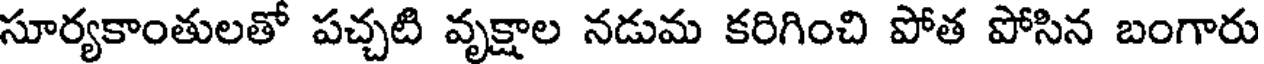
సూర్యకాంతులతో పచ్చటి వృక్షాల నడుమ కరిగించి పోత పోసిన బంగారు